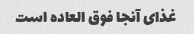
غذای آنجا فوق العاده است